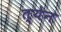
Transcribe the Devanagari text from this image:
त्येन